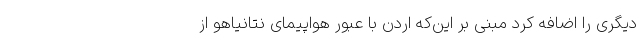
دیگری را اضافه کرد مبنی بر این‌که اردن با عبور هواپیمای نتانیاهو از